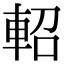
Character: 軺